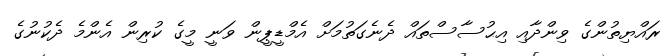
ރައްޔިތުންގެ ވިންދާއި އިޙުސާސްތައް ދެނެގަތުމަށް އެމްޑީޕީން ވަނީ މީގެ ކުރިން އެންމެ ދެކުނުގެ